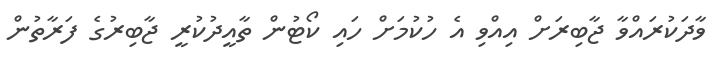
ވާދަކުރައްވާ ޖާބިރަށް އިއްވި އެ ހުކުމަށް ހައި ކޯޓުން ތާއީދުކުރީ ޖާބިރުގެ ފަރާތުން